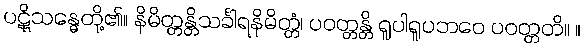
ပဋိုသန္ဓေတို့၏။ နိမိတ္တန္တိသင်္ခါရနိမိတ္တံ၊ ပဝတ္တန္တိ ရူပါရူပဘဝေ ပဝတ္တတိ။ ။